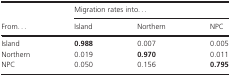
<table><thead><tr><td rowspan="2"><b>From...</b></td><td colspan="3"><b>Migration rates into...</b></td></tr><tr><td><b>Island</b></td><td><b>Northern</b></td><td><b>NPC</b></td></tr></thead><tbody><tr><td>Island</td><td><b>0.988</b></td><td>0.007</td><td>0.005</td></tr><tr><td>Northern</td><td>0.019</td><td><b>0.970</b></td><td>0.011</td></tr><tr><td>NPC</td><td>0.050</td><td>0.156</td><td><b>0.795</b></td></tr></tbody></table>